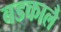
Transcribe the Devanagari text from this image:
बडकालै